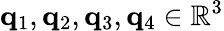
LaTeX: \mathbf{q}_{1},\mathbf{q}_{2},\mathbf{q}_{3},\mathbf{q}_{4}\in\mathbb{R}^{3}